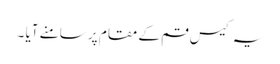
یہ کیس قم کے مقام پر سامنے آیا ۔